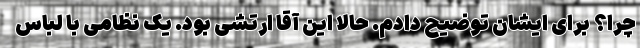
چرا؟ برای ایشان توضیح دادم. حالا این آقا ارتشی بود. یک نظامی با لباس